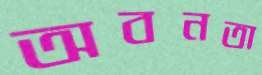
অবনতা